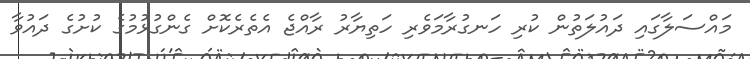
މައްސަލާގައި ދައުލަތުން ކުރި ހަނގުރާމަވެރި ހަތިޔާރު ރާއްޖެ އެތެރެކޮށް ގެންގުޅުމުގެ ކުށުގެ ދައުވާ